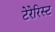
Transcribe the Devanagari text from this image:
टेरेरिस्ट